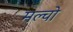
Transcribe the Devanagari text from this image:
मल्चो